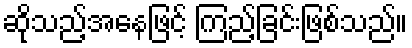
ဆိုသည့်အနေဖြင့် ကြည့်ခြင်းဖြစ်သည်။